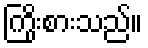
ကြိုးစားသည်။